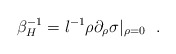
\begin{align*}\beta^{-1}_H=l^{-1}\rho \partial_\rho \sigma |_{\rho=0}~~.\end{align*}